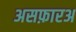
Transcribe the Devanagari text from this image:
असफ़ारअ